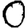
Digit: 0